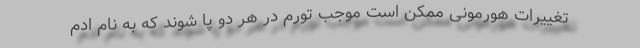
تغییرات هورمونی ممکن است موجب تورم در هر دو پا شوند که به نام اِدِم